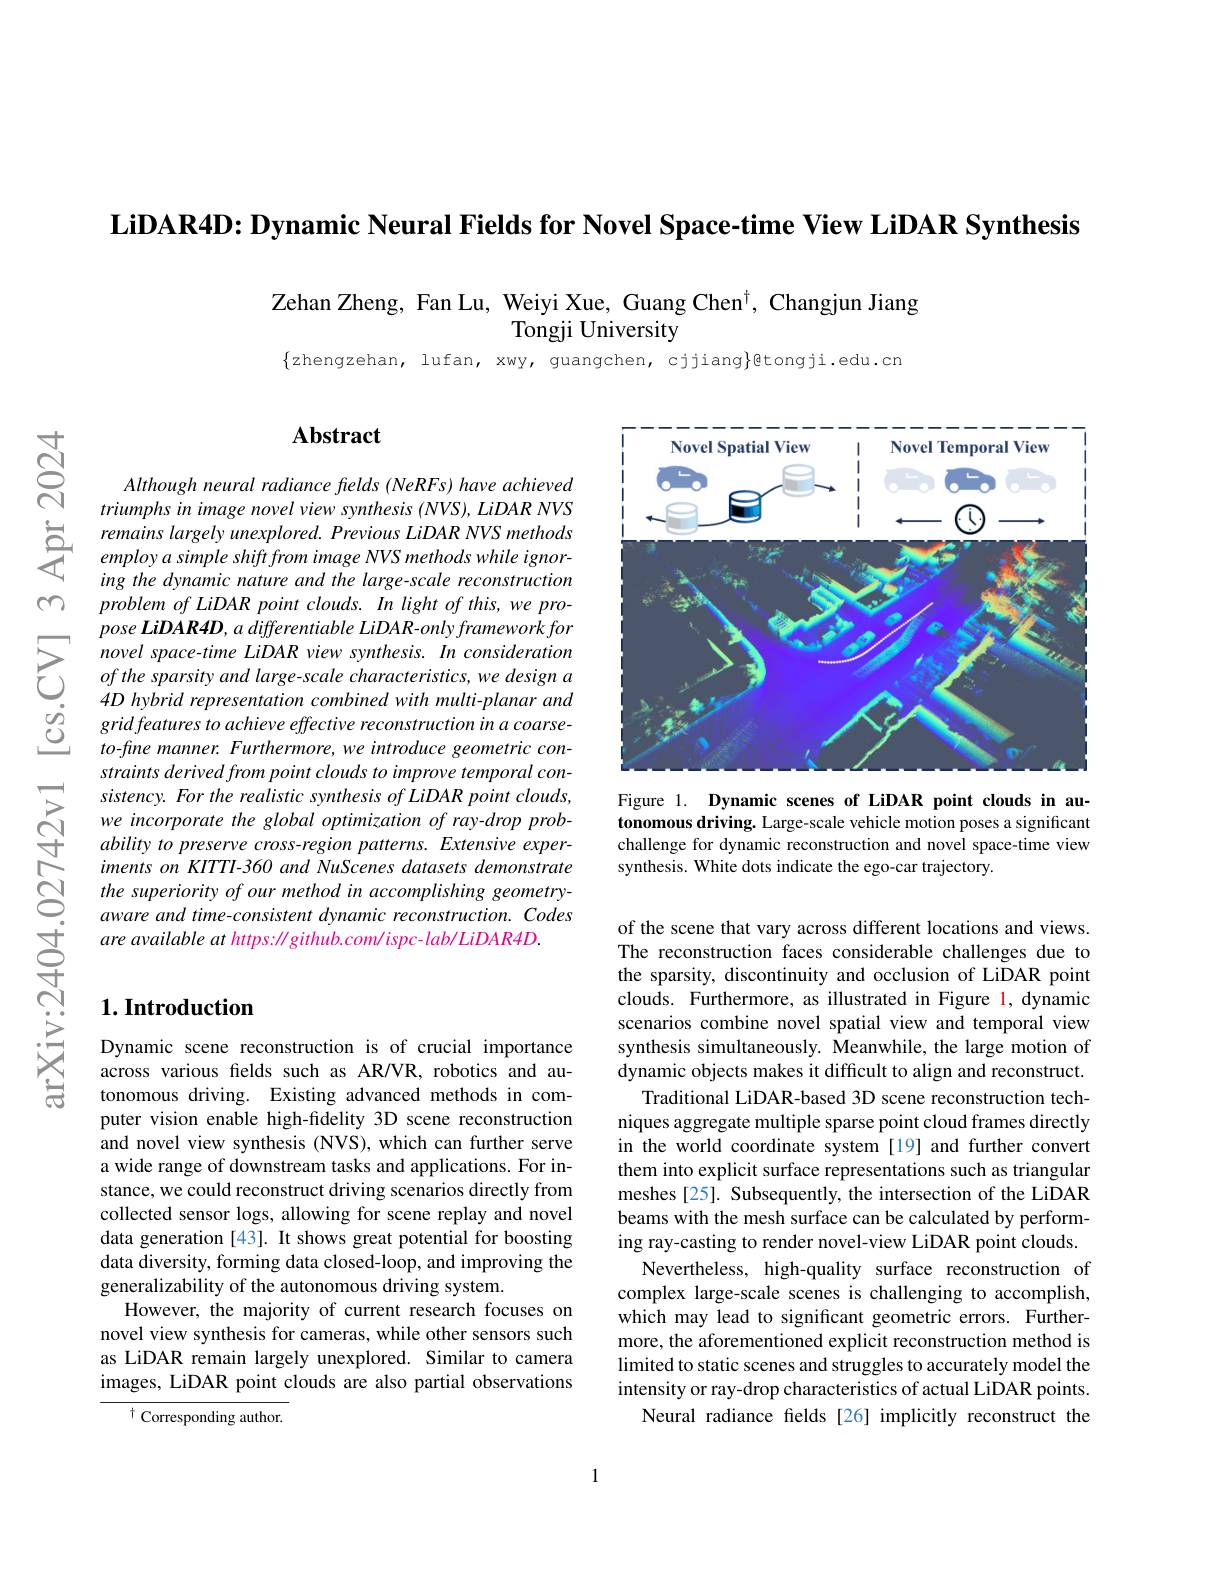
LiDAR4D: Dynamic Neural Fields for Novel Space-time View LiDAR Synthesis

Zehan Zheng, Fan Lu, Weiyi Xue, Guang Chen$^{\dagger}$, Changjun Jiang
Tongji University

$\{$zhengzehan, lufan, xwy, guangchen, cjjiang}gtongji.edu.cn

m

$ଟ୍ରੱ$

## $\mathbf{Abstract}$

Although neural radiance fields (NeRFs) have achieved triumphs in image novel view synthesis (NVS), LiDAR NVS
ing the dynamic nature and t problem of LiDAR point clouds. In light of this, we pro-
$\sum_{\begin{array}{lll}&pose\:LiDAR4D,\:a\:d\end{array}}$
4D hybrid representation combined with multi-planar and
$\begin{array}{lll}\dot{O}&\text{gridfeatures to achieve effective reconstruction in a c}\end{array}$
to-fine manner. Furthermore, we introduce geometric constraints derived from point sistency. For the realistic synthesis of LiDAR point clouds, we incorporate the global op ability to preserve cross-region patterns. Extensive experiments on KITTI-360 and NuSc the superiority of our method in accomplishing geometryaware and time-consistent dy are available at https: $\|github.com/ispc-lab/LiDAR4D.$

## $1. \textbf{Introduction}$

Dynamic scene reconstruction is of crucial importance across various felds such as tonomous driving. Existing advanced methods in computer vision enable high-fidelity 3D scene reconstruction and novel view synthesis (NVS), which can further serve a wide range of downstream tasks and applications. For instance, we could reconstruct driving scenarios directly from collected sensor logs, allowing for scene replay and novel data generation [43]. It shows great potential for boosting data diversity, forming data closed-loop, and improving the generalizability of the autonomous driving system.
However, the majority of current research focuses on novel view synthesis for cameras, while other sensors such as LiDAR remain largely unexplored. Similar to camera images, LiDAR point clouds are also partial observations

$^{\dagger}$ Corresponding author.

<FigureHere>

Figure 1. Dynamic scenes of LiDAR point clouds in autonomous driving. Large-scale vehicle motion poses a significant challenge for dynamic reconstruction and novel space-time view synthesis. White dots indicate the ego-car trajectory.

of the scene that vary across different locations and views. The reconstruction faces considerable challenges due to the sparsity, discontinuity and occlusion of LiDAR point clouds. Furthermore, as illustrated in Figure 1, dynamic scenarios combine novel spatial view and temporal view synthesis simultaneously. Meanwhile, the large motion of dynamic objects makes it difficult to align and reconstruct.
Traditional LiDAR-based 3D scene reconstruction techniques aggregate multiple sparse point cloud frames directly in the world coordinate system [19] and further convert them into explicit surface representations such as triangular meshes [25]. Subsequently, the intersection of the LiDAR beams with the mesh surface can be calculated by performing ray-casting to render novel-view LiDAR point clouds.
Nevertheless, high-quality surface reconstruction of complex large-scale scenes is challenging to accomplish, which may lead to significant geometric errors. Furthermore, the aforementioned explicit reconstruction method is limited to static scenes and struggles to accurately model the intensity or ray-drop characteristics of actual LiDAR points.
Neural radiance fields [26] implicitly reconstruct the